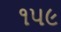
૧૫૯